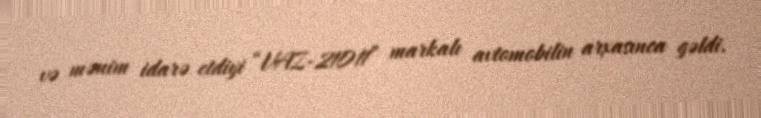
və mənim idarə etdiyi “VAZ-21011” markalı avtomobilin arxasınca gəldi.